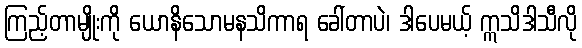
ကြည့်တာမျိုးကို ယောနိသောမနသိကာရ ခေါ်တာပဲ၊ ဒါပေမယ့် ဣသိဒါသီလို